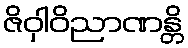
ဇိဝှါဝိညာဏန္တိ